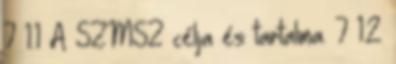
7 1.1 A SZMSZ célja és tartalma. 7 1.2